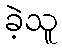
ခဲ့သူ